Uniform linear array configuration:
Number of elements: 24
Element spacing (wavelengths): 0.5
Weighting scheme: blackman
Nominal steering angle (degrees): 15
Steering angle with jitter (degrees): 14.585
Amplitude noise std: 0.05
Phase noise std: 0.05

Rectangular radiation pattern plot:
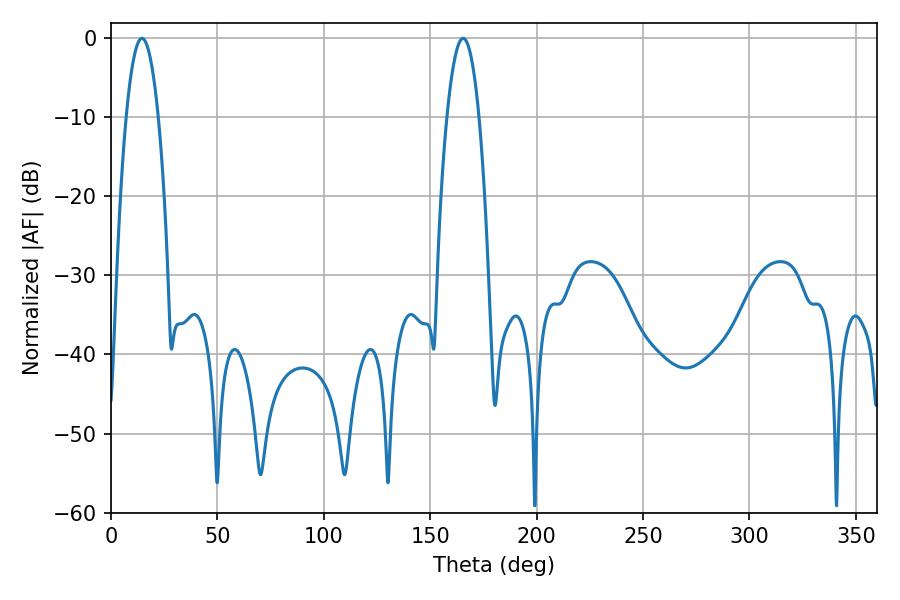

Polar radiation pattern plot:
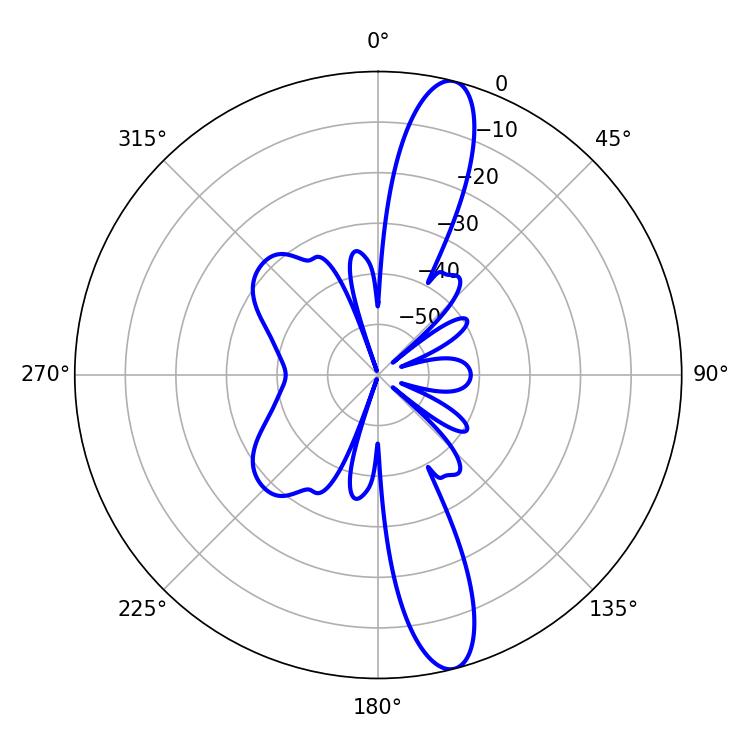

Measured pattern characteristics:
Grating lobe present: FALSE
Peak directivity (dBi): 14.117
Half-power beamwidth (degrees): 8.28
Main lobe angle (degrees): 14.58